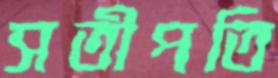
সতীপতি